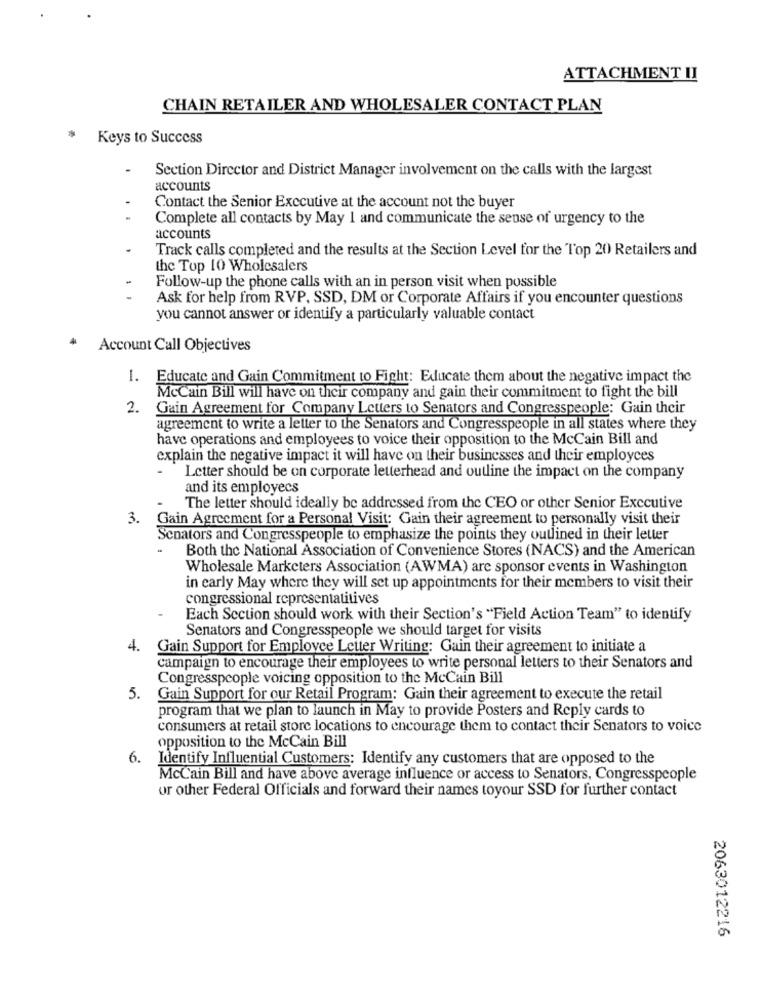
ATTACHMENT II
CHAIN RETAILER AND WHOLESALER CONTACT PLAN
Keys to Success
Section Director and District Manager involvement on the calls with the largest
accounts
Contact the Senior Executive at the account not the buyer
Complete all contacts by May 1 and communicate the sense of urgency to the
accounts
Track calls completed and the results at the Section Level for the Top 20 Retailers and
the Top 10 Wholesalers
Follow-up the phone calls with an in person visit when possible
Ask for help from RVP, SSD, DM or Corporate Affairs if you encounter questions
you cannot answer or identify a particularly valuable contact
Account Call Objectives
1. Educate and Gain Commitment to Fight: Educate them about the negative impact the
McCain Bill will have on their company and gain their commitment to fight the bill
2.
Gain Agreement for Company Letters to Senators and Congresspeople: Gain their
agreement to write a letter to the Senators and Congresspeople in all states where they
have operations and employees to voice their opposition to the McCain Bill and
explain the negative impact it will have on their businesses and their employees
Letter should be on corporate letterhead and outline the impact on the company
and its employees
The letter should ideally be addressed from the CEO or other Senior Executive
3. Gain Agreement for a Personal Visit: Gain their agreement to personally visit their
Senators and Congresspeople to emphasize the points they outlined in their letter
Both the National Association of Convenience Stores (NACS) and the American
Wholesale Marketers Association (AWMA) are sponsor events in Washington
in early May where they will set up appointments for their members to visit their
congressional representatitives
Each Section should work with their Section's "Field Action Team" to identify
Senators and Congresspeople we should target for visits
4.
Gain Support for Employee Letter Writing: Gain their agreement to initiate a
campaign to encourage their employees to write personal letters to their Senators and
Congresspeople voicing opposition to the McCain Bill
5.
Gain Support for our Retail Program: Gain their agreement to execute the retail
program that we plan to launch in May to provide Posters and Reply cards to
consumers at retail store locations to encourage them to contact their Senators to voice
opposition to the McCain Bill
6.
Identify Influential Customers; Identify any customers that are opposed to the
McCain Bill and have above average influence or access to Senators, Congresspeople
or other Federal Officials and forward their names toyour SSD for further contact
2063012216